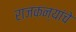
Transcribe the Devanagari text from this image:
राजकन्यांचे